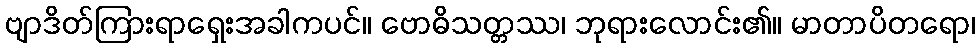
ဗျာဒိတ်ကြားရာရှေးအခါကပင်။ ဗောဓိသတ္တဿ၊ ဘုရားလောင်း၏။ မာတာပိတရော၊